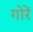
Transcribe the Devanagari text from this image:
गोरें